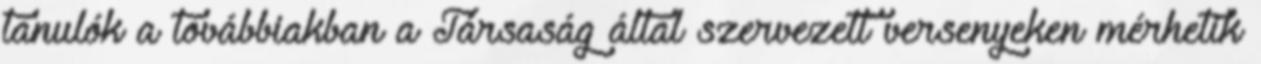
tanulók a továbbiakban a Társaság által szervezett versenyeken mérhetik